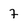
Character: 7